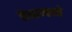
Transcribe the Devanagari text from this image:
तेषामन्ते